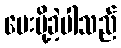
ပေးပို့ခဲ့ပါသည်